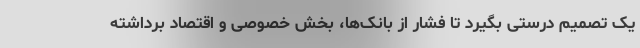
یک تصمیم درستی بگیرد تا فشار از بانک‌ها، بخش خصوصی و اقتصاد برداشته